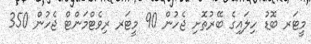
މީޓަރ ބޮޑު ހިލައިގެ ބޭރުތޮށި ޖެހުން 90 މީޓަރ ރިވެޓްމަންޓް ޖެހުން 350